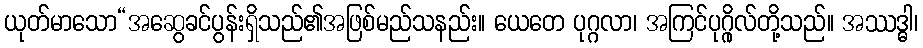
ယုတ်မာသော“အဆွေခင်ပွန်းရှိသည်၏အဖြစ်မည်သနည်း။ ယေတေ ပုဂ္ဂလာ၊ အကြင်ပုဂ္ဂိုလ်တို့သည်။ အဿဒ္ဓါ၊